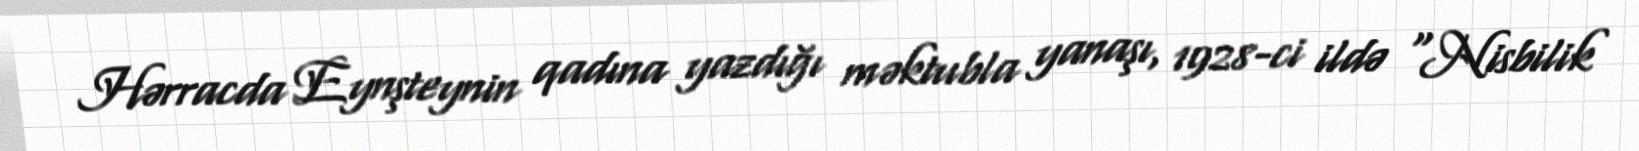
Hərracda Eynşteynin qadına yazdığı məktubla yanaşı, 1928-ci ildə “Nisbilik